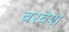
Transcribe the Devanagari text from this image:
वरवेश